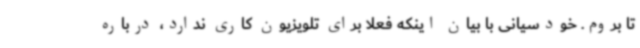
تا بروم. خودسیانی با بیان اینکه فعلا برای تلویزیون کاری ندارد، درباره